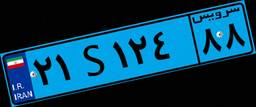
۰۶S۹۴۳۳۰